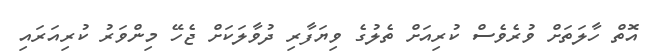
އޮތް ހާލަތަށް ވުރެވެސް ކުރިއަށް ތެލުގެ ވިޔަފާރި ދުވާލަކަށް ޖެހޭ މިންވަރު ކުރިއަރައި